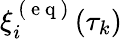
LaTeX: \xi_{i}^{\mathrm{~(~e~q~)~}}(\tau_{k})